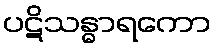
ပဋိသန္ဓာရကော